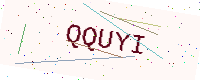
Text: QQUYI